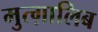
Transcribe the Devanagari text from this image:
मुत्ग़ालिब